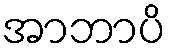
အာဘာပိ